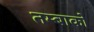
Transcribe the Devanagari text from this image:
तम्बाको